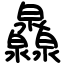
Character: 灥